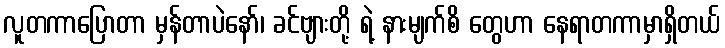
လူတကာပြောတာ မှန်တာပဲနော်၊ ခင်ဗျားတို့ ရဲ့ နားမျက်စိ တွေဟာ နေရာတကာမှာရှိတယ်